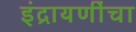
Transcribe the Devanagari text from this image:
इंद्रायणींचा